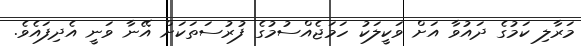
މަރާލި ކަމުގެ ދައުވާ އަށް ވަކީލަކު ހަމަޖެއްސުމުގެ ފުރުސަތަކަށް އޭނާ ވަނީ އެދިފައެވެ.